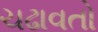
ચઢાવતો